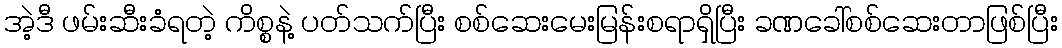
အဲ့ဒီ ဖမ်းဆီးခံရတဲ့ ကိစ္စနဲ့ ပတ်သက်ပြီး စစ်ဆေးမေးမြန်းစရာရှိပြီး ခဏခေါ်စစ်ဆေးတာဖြစ်ပြီး